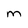
Character: m